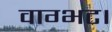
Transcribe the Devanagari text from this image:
वाग्भट।